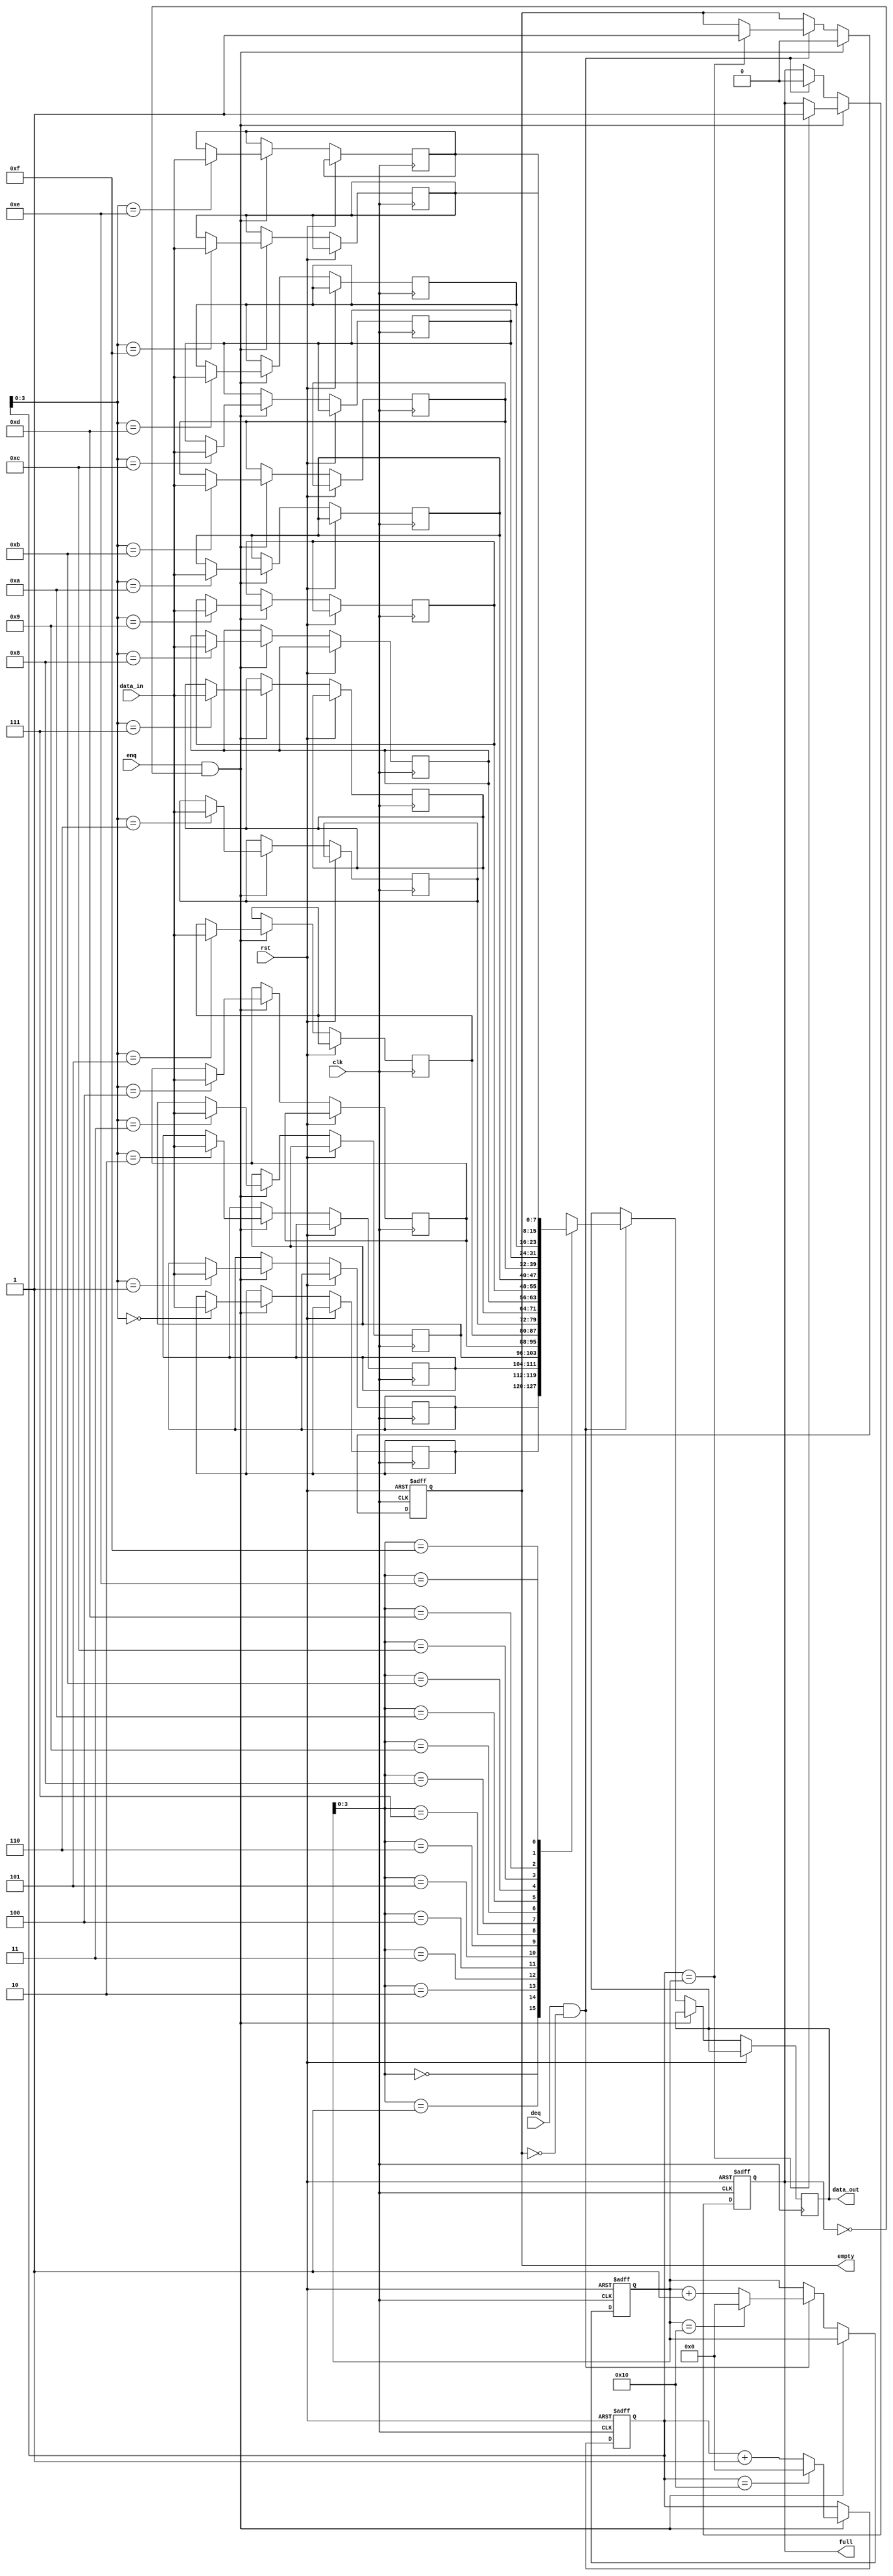
module circular_fifo
  #(parameter DATA_WIDTH = 8,
    parameter FIFO_DEPTH = 16)
  (
    input wire clk,
    input wire rst,
    input wire enq,
    input wire deq,
    input wire [DATA_WIDTH-1:0] data_in,
    output reg [DATA_WIDTH-1:0] data_out,
    output wire full,
    output wire empty
  );

  reg [DATA_WIDTH-1:0] memory [0:FIFO_DEPTH-1];
  reg [DATA_WIDTH-1:0] write_ptr;
  reg [DATA_WIDTH-1:0] read_ptr;

  always @(posedge clk or posedge rst)
    begin
      if (rst)
        begin
          write_ptr <= 0;
          read_ptr <= 0;
          full <= 0;
          empty <= 1;
        end
      else
        begin
          if (enq && ~full)
            begin
              memory[write_ptr] <= data_in;
              write_ptr <= write_ptr + 1;
              if (write_ptr == FIFO_DEPTH)
                write_ptr <= 0;
              if (write_ptr == read_ptr)
                full <= 1;
              empty <= 0;
            end
          else if (deq && ~empty)
            begin
              data_out <= memory[read_ptr];
              read_ptr <= read_ptr + 1;
              if (read_ptr == FIFO_DEPTH)
                read_ptr <= 0;
              full <= 0;
              if (write_ptr == read_ptr)
                empty <= 1;
            end
        end
    end

endmodule